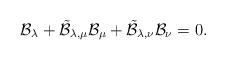
LaTeX: \begin{align*}\mathcal B_\lambda+ \tilde {\mathcal B}_{\lambda, \mu}\mathcal B_\mu+\tilde {\mathcal B}_{\lambda, \nu}\mathcal B_\nu = 0.\end{align*}